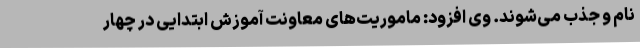
نام و جذب می‌شوند. وی افزود: ماموریت‌های معاونت آموزش ابتدایی در چهار